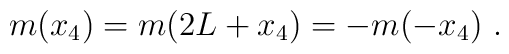
m(x_4)=m(2L+x_4)=-m(-x_4)\ .